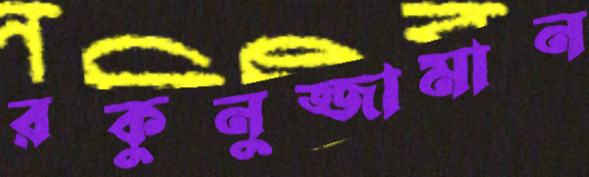
রকুনুজ্জামান